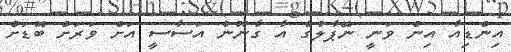
އިންޑިއާ އިން ވަނީ ނޭޕާލުގެ އާ ގާނޫނު އަސާސީ އަށް ވަރަށް ބޮޑަށް